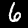
Label: 6